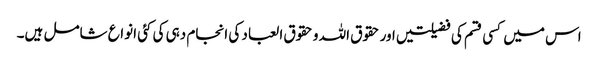
اس میں کسی قسم کی فضیلتیں اور حقوق اللہ و حقوق العباد کی انجام دہی کی کئی انواع شامل ہیں۔